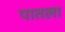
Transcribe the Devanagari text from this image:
पातला